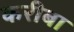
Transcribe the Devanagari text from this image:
करीबा